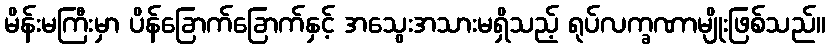
မိန်းမကြီးမှာ ပိန်ခြောက်ခြောက်နှင့် အသွေးအသားမရှိသည့် ရုပ်လက္ခဏာမျိုးဖြစ်သည်။